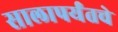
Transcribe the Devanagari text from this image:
सालापर्यंतचे